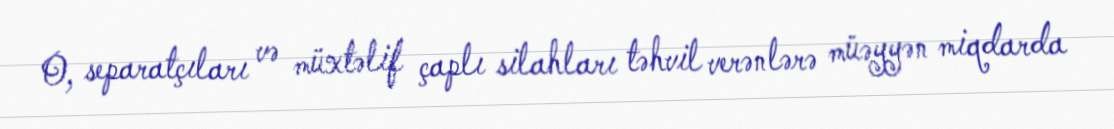
O, separatçıları və müxtəlif çaplı silahları təhvil verənlərə müəyyən miqdarda